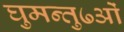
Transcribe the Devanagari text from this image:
घुमन्तु७ओं